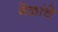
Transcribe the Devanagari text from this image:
वेळांचे